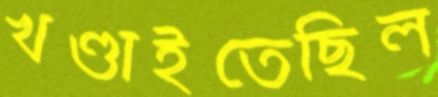
খণ্ডাইতেছিল